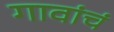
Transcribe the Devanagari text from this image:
गावांचं